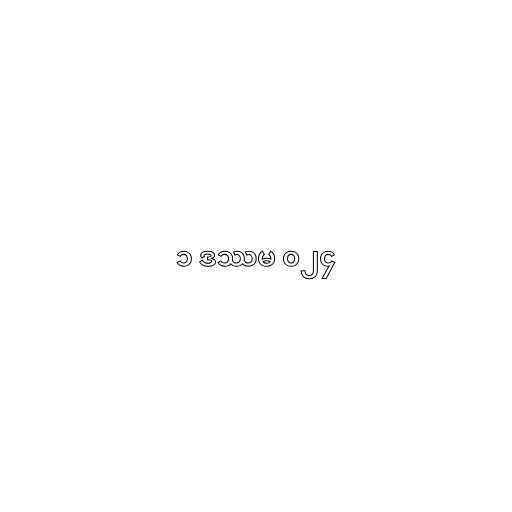
၁ ဒဿမ ၀၂၄